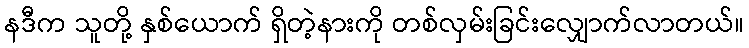
နဒီက သူတို့ နှစ်ယောက် ရှိတဲ့နားကို တစ်လှမ်းခြင်းလျှောက်လာတယ်။